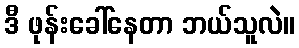
ဒီ ဖုန်းခေါ်နေတာ ဘယ်သူလဲ။